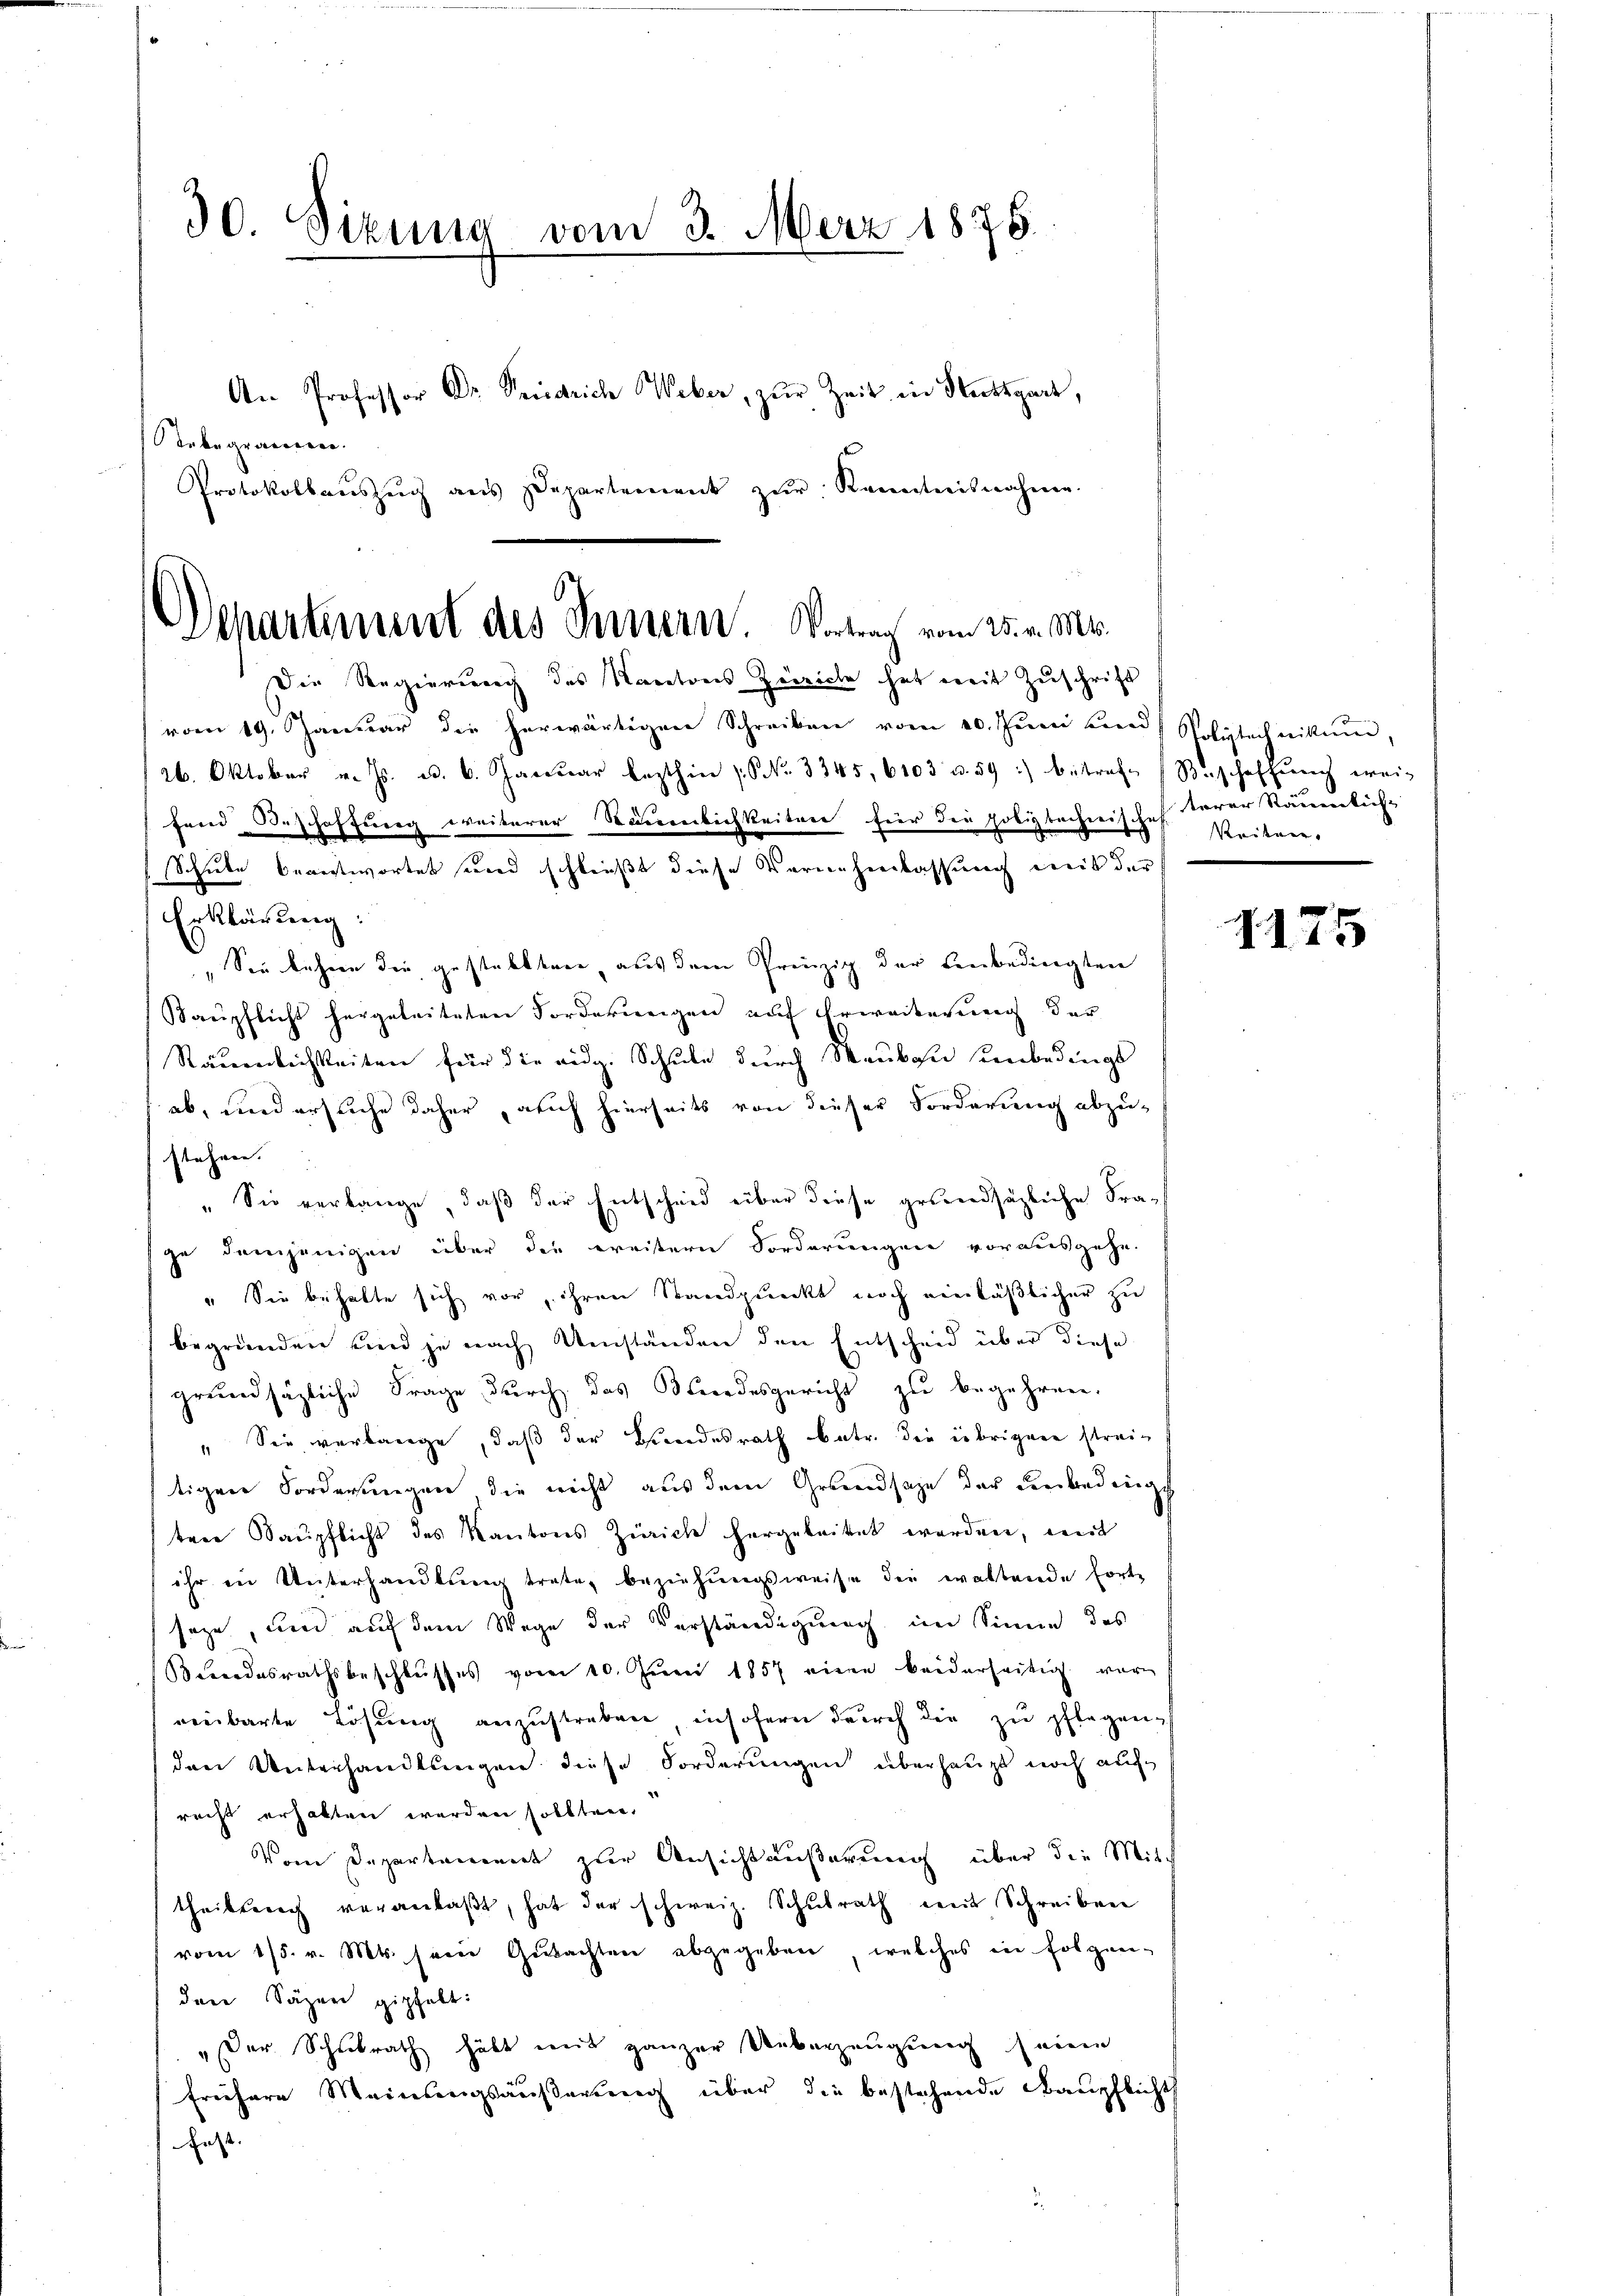
30. Sizung vom 3. März 1876.
An Professor Dr. Friedrich Weber, zŭr Zeit in Stuttgart,
Stebegramen.
Protokollaŭszŭg ans Departement zŭr Kenntnisnahme.

Departement des Innern. Vortrag vom 25. v. Mts.
Die Regierung des Kantons Zürich hat mit Zuschrift

26. Oktober v. Js. u. 6. Janŭar lezthin (No. 3345, 6103 u. 59 :) betraft (Beschaffŭng wei-
fend Beschaffung weiterer Staunlichkeiten für die polizbechneischef derer Namenkuche
Schule beantwortet und schließt diese Vernehmlassung weis der

vom 19. Januar die herwärtigen Schreiben vom 20. Juni und Polytechnitten,
Erklärung:
" Sie kehren die gestellten, aus dem Prinzip der Einbedingten
Kaupflicht hergeleiteten Forderungen auf Erwackerung der
Räuenlichkeiten für die eidg. Schule durch Rauben unbedings
ab, und ersuche daher, auch hierseits von dieser Forderung abzu-
stahren. |
" Sie verlange, daß der Entscheid über diese grundsätzliche Frage demjenigen über die weitern Forderungen vorausgehe.
" Sie behalte sich vor, ihren Standpunkt noch einläßlicher zu
begründen und je nach Umständen den Entscheid über diese
grundsätzliche Frage durch das Kindesgericht zu begehren.
" Sie verlange, daß der Bundesrath betr. die übrigen streitigen Forderungen die nicht aus dem Grundsaze der Leebedinge
tere Saŭpflicht des Kantons Zürich hergeleitet werden, weil
ihr in Unterhandlŭng trate, beziehŭngsweise der waltende forte
seze, um auf dem Wege der Verständigung im Sinne des
Bundesrathsbeschlŭsses vom 10. Jŭni 1857 einen beiderseitig vorn
meibarte Lösung anzustreben, insofern durch die zu pflegen
den Unterhandlungen diese Forderungen überhaupt noch auf
recht erhalten werden sollten.
Vom Departanenert zur Ansichtäußerung über die Mitth
theilung veranlaβt, hat der schweiz. Schŭlrath mit Schreiben
vom 15. v. Mts. seine Gutachten abgegeben, welches in Folgen-
den Säzen gipfelt:
„Der Schulrath habt mit ganzer Ueberzeugung seine
frühere Meinungsäußerung über die bestehende Baupflicht
Fest.

Reiten.

1175